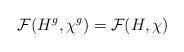
LaTeX: \begin{align*}\mathcal{F}(H^g,\chi^g)=\mathcal{F}(H,\chi)\end{align*}